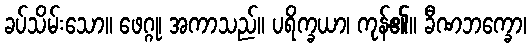
ခပ်သိမ်းသော။ ဖေဂ္ဂု၊ အကာသည်။ ပရိက္ခယာ၊ ကုန်၏။ ခီဏဘက္ခော၊